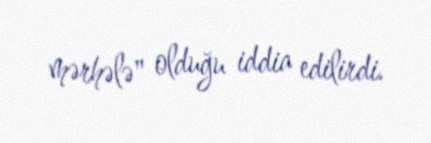
mərhələ" olduğu iddia edilirdi.